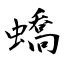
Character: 蟜